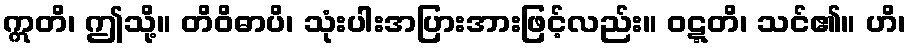
ဣတိ၊ ဤသို့။ တိဝိဓာပိ၊ သုံးပါးအပြားအားဖြင့်လည်း။ ဝဋ္ဋတိ၊ သင်၏။ ဟိ၊